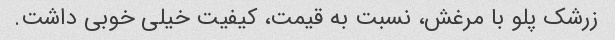
زرشک پلو با مرغش، نسبت به قیمت، کیفیت خیلی خوبی داشت.